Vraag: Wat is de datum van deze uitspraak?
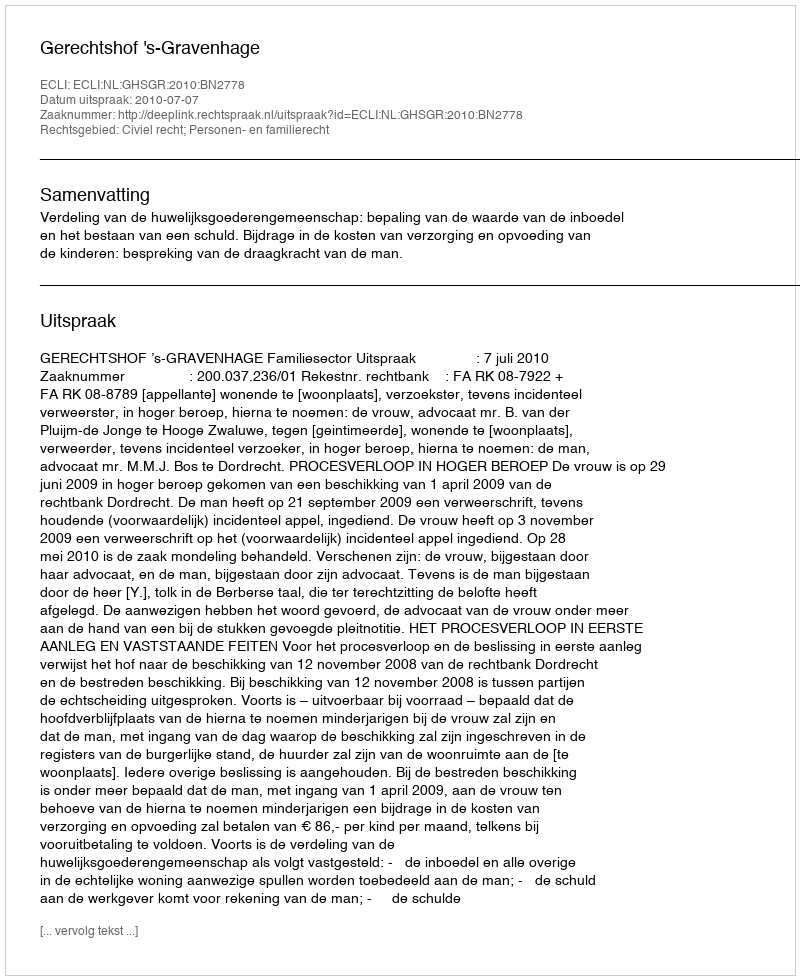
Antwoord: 2010-07-07